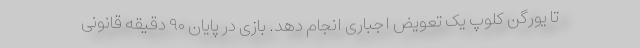
تا یورگن کلوپ یک تعویض اجباری انجام دهد. بازی در پایان ۹۰ دقیقه قانونی